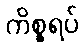
ကိစ္စရပ်